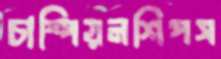
চাম্পিয়নশিপস